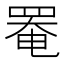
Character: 罨